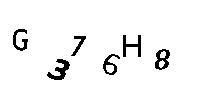
G376H8